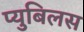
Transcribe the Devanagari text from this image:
प्युबिलस